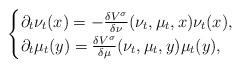
LaTeX: \begin{align*} \begin{cases} \partial_t \nu_t(x) = -\frac{\delta V^{\sigma}}{\delta \nu}(\nu_t, \mu_t, x) \nu_t(x),\\ \partial_t \mu_t(y) = \frac{\delta V^{\sigma}}{\delta \mu}(\nu_t, \mu_t, y) \mu_t(y), \end{cases}\end{align*}